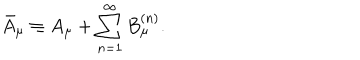
LaTeX: \bar { A } _ { \mu } \equiv A _ { \mu } + \sum _ { n = 1 } ^ { \infty } B _ { \mu } ^ { ( n ) } .